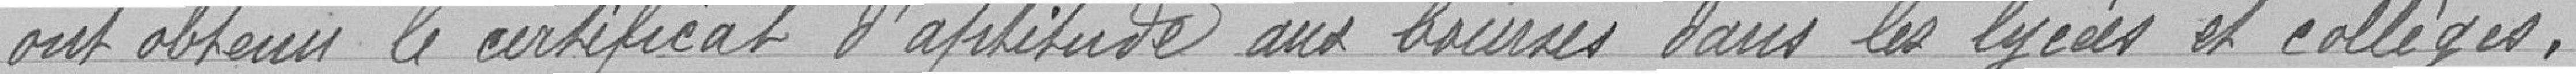
ont obtenu le certificat d'aptitude aux bourses dans les lycées et collèges.